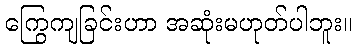
ကြွေကျခြင်းဟာ အဆုံးမဟုတ်ပါဘူး။